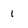
Character: 1